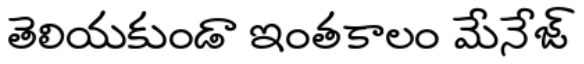
తెలియకుండా ఇంతకాలం మేనేజ్